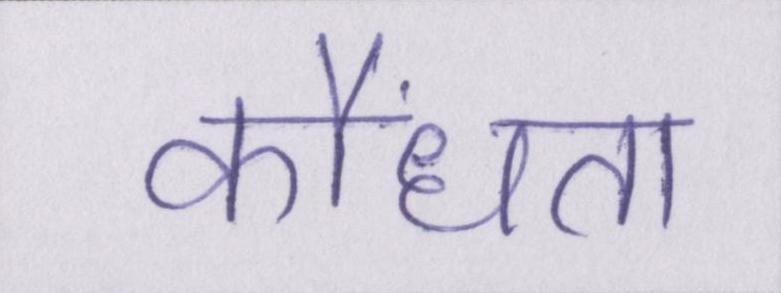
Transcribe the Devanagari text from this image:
कौंधता